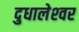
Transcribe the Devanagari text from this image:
दुधालेश्‍वर